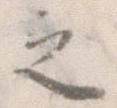
之